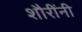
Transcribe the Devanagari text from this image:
शौरींनी